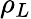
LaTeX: \rho_{L}